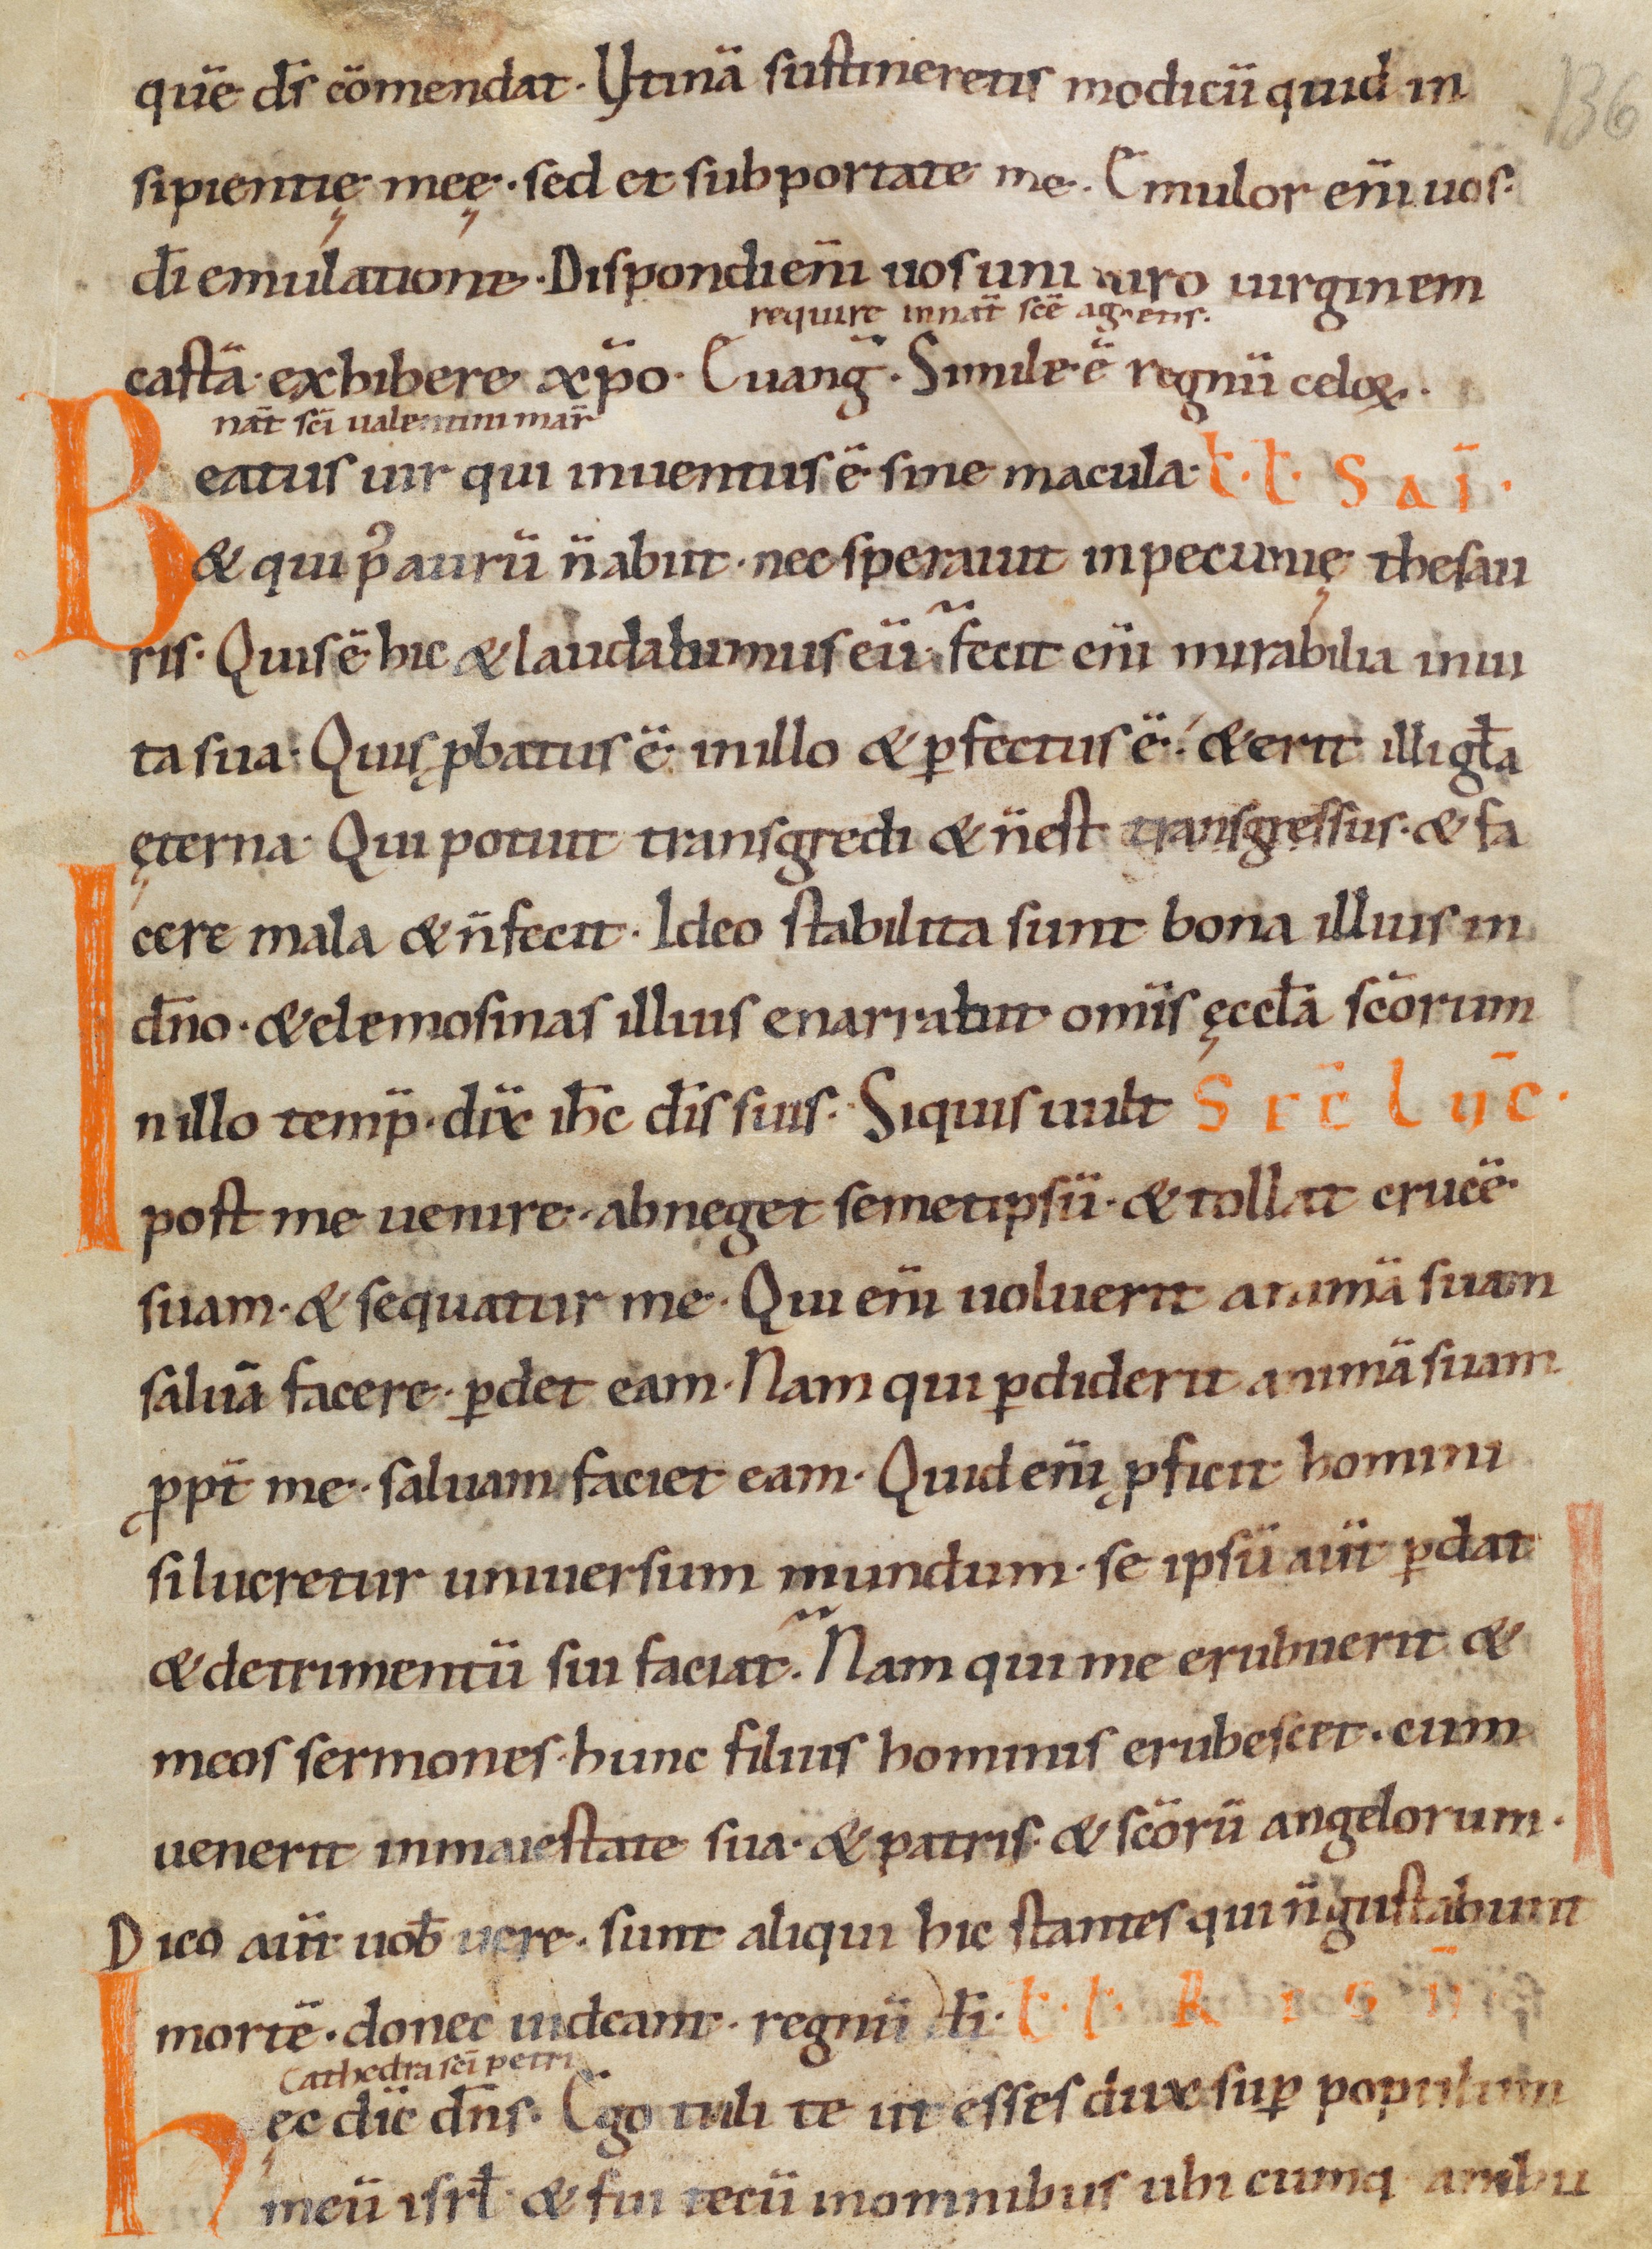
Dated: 1000–1049